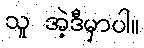
သူ အဲ့ဒီမှာပါ။